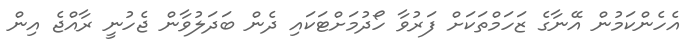
އެހެންކަމުން އޭނާގެ ޒަހަމްތަކަށް ފަރުވާ ހޯދުމަށްޓަކައި ދެން ބަދަލުވާން ޖެހުނީ ރާއްޖެ އިން